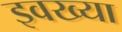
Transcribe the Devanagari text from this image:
इवख्या